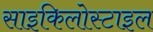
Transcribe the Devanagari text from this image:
साइकिलोस्टाइल